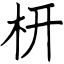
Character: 枅